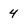
Character: 4